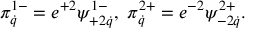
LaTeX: \pi _ { \dot { q } } ^ { 1 - } = e ^ { + 2 } \psi _ { + 2 \dot { q } } ^ { 1 - } , \ \pi _ { \dot { q } } ^ { 2 + } = e ^ { - 2 } \psi _ { - 2 \dot { q } } ^ { 2 + } .